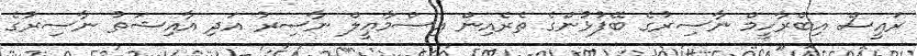
ރައީސް އިބްރާހީމް ނާސިރުގެ ބޭފުޅުންގެ ތެރެއިން އިސްމާޢީލް ނާސިރު އަދި އާއިޝަތު ނާސިރުގެ